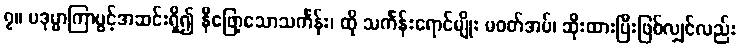
၇။ ပဒုမ္မာကြာပွင့်အဆင်းရှိ၍ နီဖြော့သောသင်္ကန်း၊ ထို သင်္ကန်းရောင်မျိုး မဝတ်အပ်၊ ဆိုးထားပြီးဖြစ်လျှင်လည်း